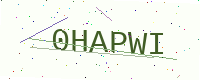
Text: 0HAPWI